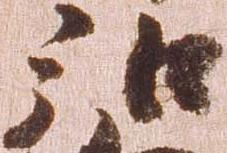
弘